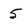
Character: 5